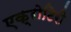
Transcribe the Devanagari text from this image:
एक्रोटिरी